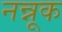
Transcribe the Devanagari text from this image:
नन्नूक